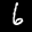
Digit: 6